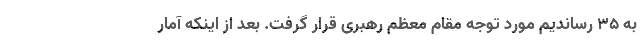
به ۳۵ رساندیم مورد توجه مقام معظم رهبری قرار گرفت. بعد از اینکه آمار